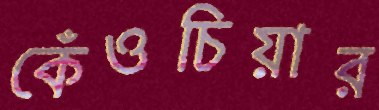
কেঁওচিয়ার